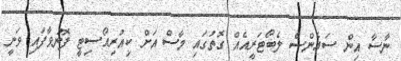
ނާސާ އިން ސައެންސް ލެބޯޓަރީއެއް ގޮތުގައި މާސް އަށް ކިއުރިއޯސިޓީ ފޮނުވާފައި ވަނީ